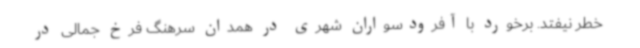
خطر نیفتد. برخورد با آفرودسواران شهری در همدان سرهنگ فرخ جمالی در